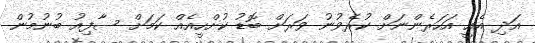
އަދި އެއީ އަހަރެންނަށް ކުރެވުނު ވަރަށް ބޮޑު ކުށްހީއެއް ކަމަށް ސާފިއު ބުނުމުން